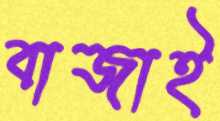
বাজাই